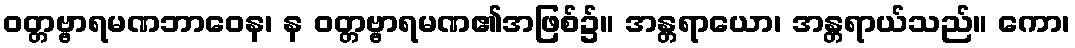
ဝတ္တဗ္ဗာရမဏဘာဝေန၊ န ဝတ္တဗ္ဗာရမဏ၏အဖြစ်၌။ အန္တရာယော၊ အန္တရာယ်သည်။ ကော၊